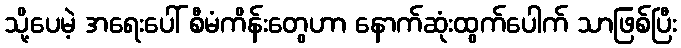
သို့ပေမဲ့ အရေးပေါ် စီမံကိန်းတွေဟာ နောက်ဆုံးထွက်ပေါက် သာဖြစ်ပြီး